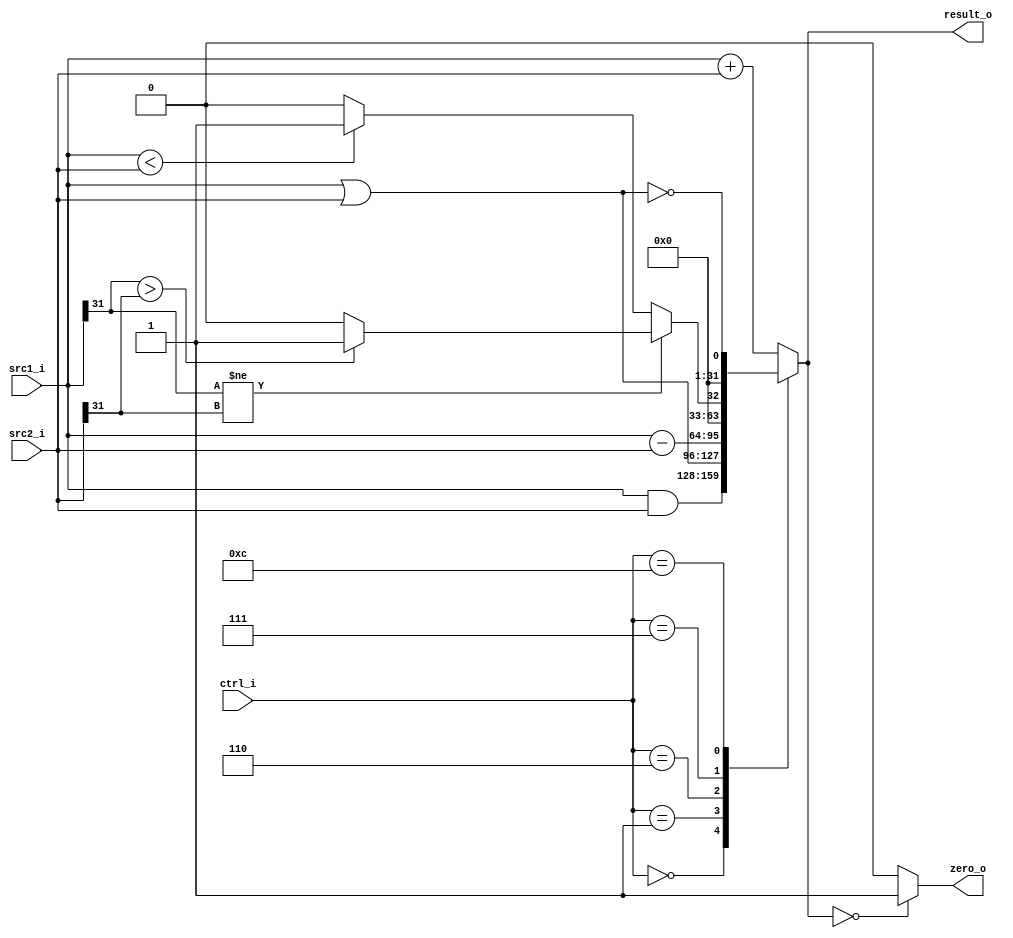
//Subject:     Architecture project 2 - ALU
//--------------------------------------------------------------------------------
//Version:     1
//--------------------------------------------------------------------------------
//Writer:      
//----------------------------------------------
//Date:        
//----------------------------------------------
//Description: 
//--------------------------------------------------------------------------------

module ALU(
    src1_i,
	src2_i,
	ctrl_i,
	result_o,
	zero_o
	);
     
//I/O ports
input  [32-1:0]  src1_i;
input  [32-1:0]	 src2_i;
input  [4-1:0]   ctrl_i;

output [32-1:0]	 result_o;
output           zero_o;

//Internal signals
reg    [32-1:0]  result_o;
wire             zero_o;

//Parameter

//Main function
	assign zero_o = (result_o==32'd0)? 1'b1:1'b0;
	
	always@(*)begin
		case(ctrl_i)
			4'b0000:begin//AND
				result_o = src1_i&src2_i;
			end
			4'b0001:begin
				result_o = src1_i|src2_i;
			end
			4'b0010:begin
				result_o = src1_i+src2_i;
			end
			4'b0110:begin
				result_o = src1_i-src2_i;
			end
			4'b0111:begin
				if (src1_i[31] != src2_i[31]) begin
					if (src1_i[31] > src2_i[31]) begin
						result_o = 1;
					end else begin
						result_o = 0;    
					end
				end else begin
					if (src1_i < src2_i) begin
						result_o = 1;
					end else begin
						result_o = 0;    
					end
				end
			end
			4'b1100:begin
				result_o = !((src1_i)|(src2_i));
			end
			default:begin
				result_o = src1_i+ src2_i;
			end
		endcase
		//$display("src1:%d src2:%d crtl:%d result:%d zero:%d",src1_i,src2_i,ctrl_i,result_o,zero_o);
	end
endmodule